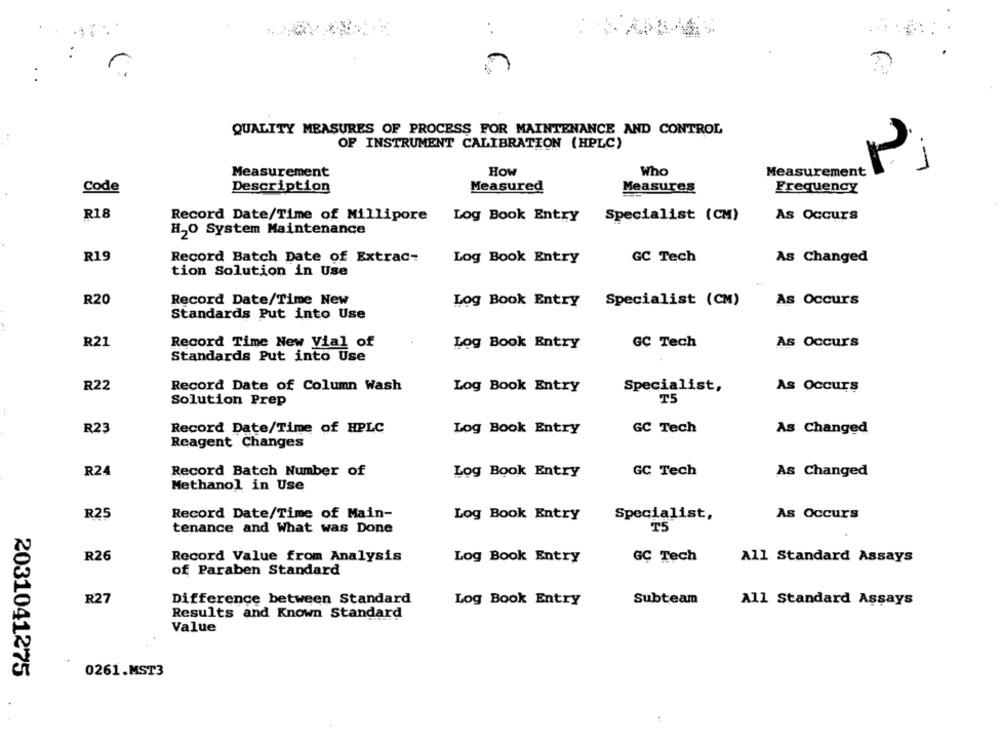
. .
6
QUALITY MEASURES OF PROCESS FOR MAINTENANCE AND CONTROL
OF INSTRUMENT CALIBRATION (HPLC)
How
Who
Measurement
Measurement
Measured
Code
Description
Measures
Frequency
R18
Record Date/Time of Millipore Log Book Entry
Specialist (CM)
As Occurs
H2O System Maintenance
R19
Record Batch Date of Extrac-
Log Book Entry
GC Tech
As Changed
tion Solution in Use
R20
Record Date/Time New
Log Book Entry
Specialist (CM)
As Occurs
Standards Put into Use
R21
Record Time New Vial of
Log Book Entry
GC Tech
As Occurs
Standards Put into Use
R22
Record Date of Column Wash
Log Book Entry
Specialist,
As Occurs
T5
Solution Prep
:
Record Date/Time of HPLC
GC Tech
R23
Log Book Entry
As Changed
Reagent Changes
R24
Record Batch Number of
Log Book Entry
GC Tech
As Changed
Methanol in Use
R25
Record Date/Time of Main-
Log Book Entry
Specialist,
As Occurs
tenance and What was Done
T5
R26
Record Value from Analysis
Log Book Entry
GC Tech
All Standard Assays
of Paraben Standard
R27
Difference between Standard
Log Book Entry
Subteam
All Standard Assays
Results and Known Standard
Value
2031041275
0261.MST3